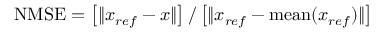
\mathrm { N M S E } = \left[ \Vert x _ { r e f } - x \Vert \right] / \left[ \Vert x _ { r e f } - \mathrm { m e a n } ( x _ { r e f } ) \Vert \right]